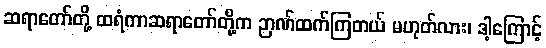
ဆရာတော်တို့ ထရံကာဆရာတော်တို့က ဉာဏ်ထက်ကြတယ် မဟုတ်လား၊ ဒါ့ကြောင့်